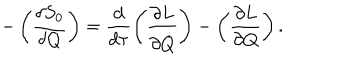
- \left( \frac { \delta S _ { 0 } } { \delta Q } \right) = \frac { d } { d \tau } \left( \frac { \partial L } { \partial \dot { Q } } \right) - \left( \frac { \partial L } { \partial Q } \right) .